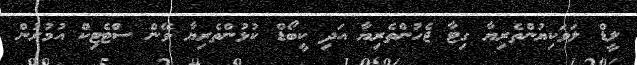
ލީޑް ލަވަކިޔުންތެރިޔާ ގިޓާ ޖެހުންތެރިޔާ އަދި ކީބޯޑް ކުޅުންތެރިޔާ ވޭން ސްޓެޓިކް އުމުރުން